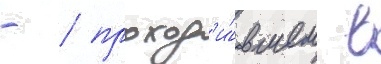
- / проход'и́вшем в